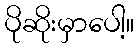
ပိုဆိုးမှာပေါ့။